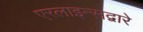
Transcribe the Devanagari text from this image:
एरलाइन्सद्वारे